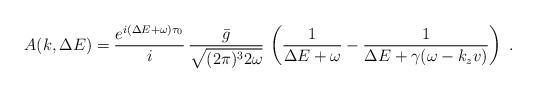
LaTeX: \begin{align*}A(k,\Delta E)=\frac{e^{i(\Delta E +\omega)\tau_0}}{i} \, \frac{\bar{g}}{\sqrt{(2\pi)^3 2\omega}} \, \left( \frac{1}{\Delta E +\omega} - \frac{1}{\Delta E +\gamma(\omega-k_z v)} \right) \; .\end{align*}